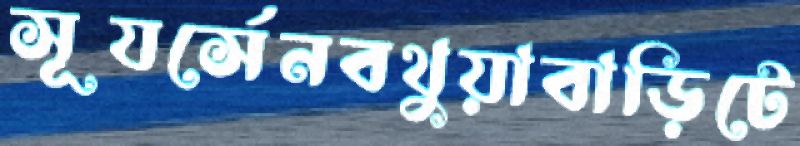
সূযর্সেনবথুয়াবাড়িটে